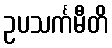
ဥပသင်္ကမီတိ